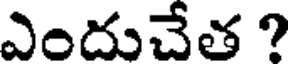
ఎందుచేత ?